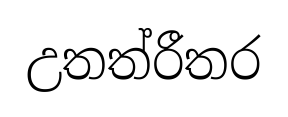
උතත්රීතර